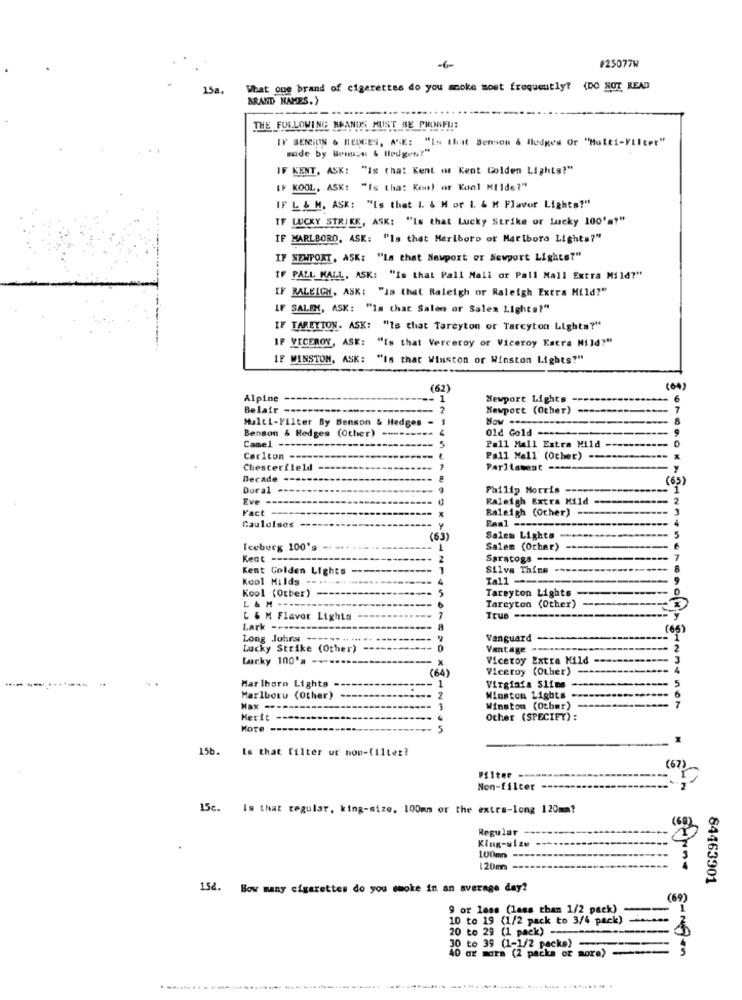
-6-
#25077W
15a.
What one brand of cigarettes do you smoke most frequently? (DO NOT READ
BRAND NAMES.)
THE FOLLOWING RANDS MUST BE PHONE !!
IF SENSION & HEDGES, ASK: "IN that Benson & ledges Or "Multi-Filter"
made by Benzt & Hledges?"
IF KENT, ASK: "Is that Kent iwr Kent Golden Lights?"
IF KOOL, ASK: "Is that Koo) or Kool Milde?"
IF L & M. ASK: "Is that I. & M or i. & M Flavor Lights?"
IF LUCKY STRIKE, ASK: "Is that Lucky Strike or lucky 100'a""
IF MARLBORO, ASK: "Is that Marlboro or Marlboro Lights?"
IF NEWPORT, ASK: "La that Nawport or Newport Lights?"
IF PALL MALL, ASK: "Is that Pall Mall or Pall Mall Extra Mild?"
IF BALEICH, ASK: "Is that Raleigh or Raleigh Extra Mild?"
IF SALEM, ASK: "Is that Salon or Sales Lights?"
IF TARETTON. ASK: "Is that Tareyton or Tarcyton Lights?"
IF VICEROY, ASK: "Is that Verceroy or Viceroy Estra Mild?"
IF WINSTOM, ASK: "Is that Winston or Winston Lights?"
(62)
(00)
Alpine
Newport Lights
6
Belair --
Newport (Other)
7
Multi-Filter By Benson & Hedges -
Benson & Hedges (Other)
--
Old Gold ----
Camel --
5
Pall Mall Extra Mild
Carlton ----
Pall Mall' (Ocher) ---
Chesterfield
Parliament ----
Y
Decade -----
(65)
Dora1 ->
Philip Morris
-- 1
Eve -
Raleigh Extra Mild
Fact ----
Raleigh (Other) --
-
Gauloises ---
Real ----
Y
(63)
Salem Lights -
Iceberg 100's -.
Salem (Ochar)
Kent -
2
Saratoga ----
Kent Golden Lights ---
Silva Thins ---------
Kool Milds
4
Tall ----
Kool (Other)
5
Tareyton Lights ----
L & M --
6
Tareyton (Other)
L & M Flavor Lights
7
True --------------
Lark -----
8
(65)
Long Johny ---
Vanguard --
Lucky Strike (Other)
Vantage -
Lucky 100's -
Viceroy Extra Mild -
= x
(64)
Viceroy (Other)
-
------------
-- 1
Marlboro Lights -
Virginia Slims ------
5
Marlboru (Other)
2
Winston Lights ----
Max --------
1
Winston (Otbmr)
Herit ------
Other (SPECIFY) :
HoTe -------
5
156
Is that filter ur non-(11tez?
(67)
Filter
Non-filter
15c. Is that regular, king-size, 100mm or the extra-long 120mm?
Regular
King-size
100m
120m
152. Bow many cigarettes do you smoke in an average day?
84463901
(69)
9 or less (less than 1/2 pack)
10 to 19 (1/2 pack to 3/4 pack)
20 to 29 (1 pack) --
30 to 39 (1-1/2 packe)
40 or more (2 packa or more)